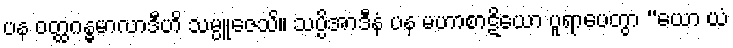
ပန ဝတ္ထဂန္ဓမာလာဒီဟိ သမ္ပူဇေသိ။ သပ္ပိအာဒီနံ ပန မဟာစာဋိယော ပူရာပေတွာ “ယော ယံ